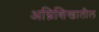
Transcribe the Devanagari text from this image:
अग्निशिखातील